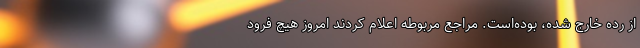
از رده خارج شده، بوده‌است. مراجع مربوطه اعلام کردند امروز هیچ فرود